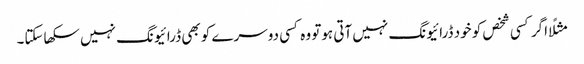
مثلًا اگر کسی شخص کو خود ڈرائیونگ نہیں آتی ہوتو وہ کسی دوسرے کو بھی ڈرائیونگ نہیں سکھاسکتا۔